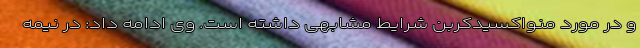
و در مورد منواکسیدکربن شرایط مشابهی داشته است. وی ادامه داد: در نیمه